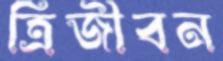
ত্রিজীবন